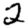
Digit: 2